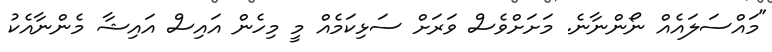
"މައްސަލައެއް ނޯންނާނެ. މަށަށްވެސް ވަރަށް ސަޅިކަމެއް މީ މިހެން އައިސް އައިޝާ މެންނާއެކު